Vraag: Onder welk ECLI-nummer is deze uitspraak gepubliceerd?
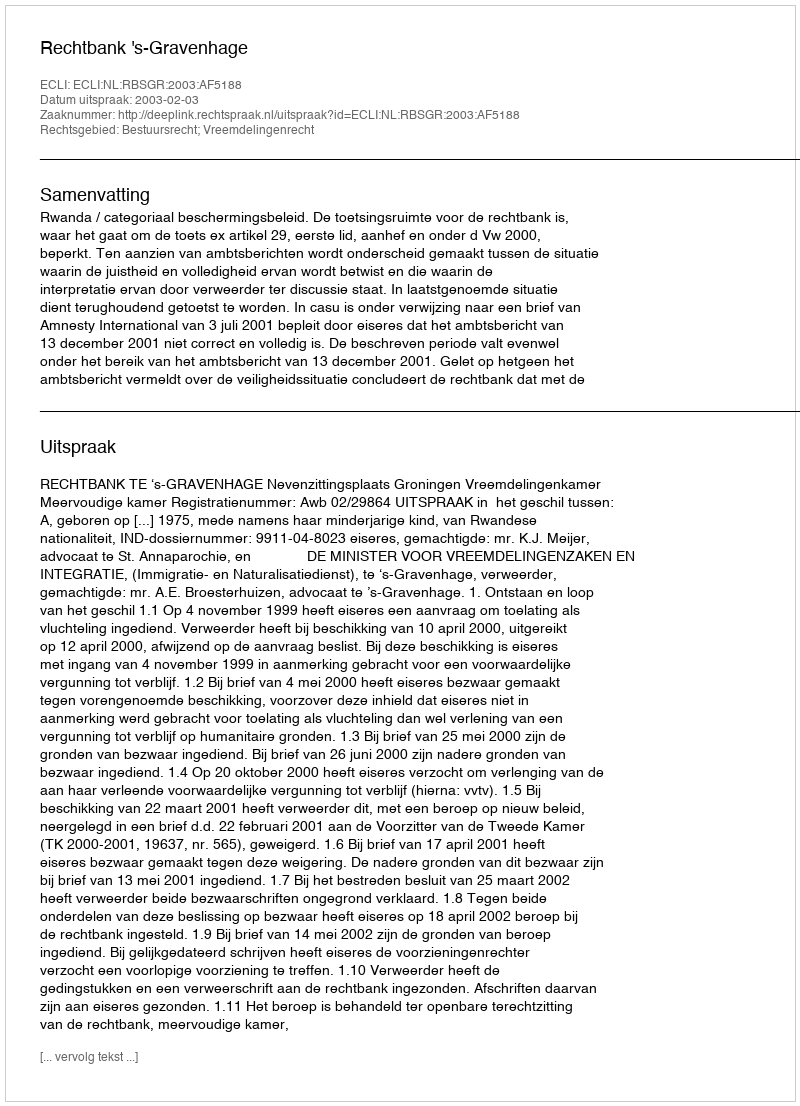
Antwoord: ECLI:NL:RBSGR:2003:AF5188